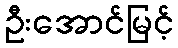
ဦးအောင်မြင့်